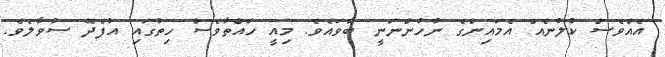
އެއްވެސް ކުލުނެއް އެމައިންގެ ނުހުންނަނީ ބާވައެވެ. މިއީ ހައްތާވެސް ހިތުގައި އުފެދޭ ސުވާލެވެ.